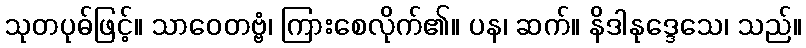
သုတပုဓ်ဖြင့်။ သာဝေတဗ္ဗံ၊ ကြားစေလိုက်၏။ ပန၊ ဆက်။ နိဒါနုဒ္ဒေသေ၊ သည်။